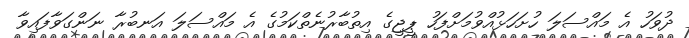
ދުވަހު އެ މައްސަލަ ހުށަހަޅުއްވުމަށްފަހު ޕީޖީގެ އިތުބާރުނެތްކަމުގެ އެ މައްސަލަ އަނބުރާ ނަންގަވާފައިވާ